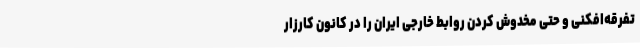
تفرقه‌افکنی و حتی مخدوش کردن روابط خارجی ایران را در کانون کارزار